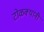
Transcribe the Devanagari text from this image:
टोळक्यांनी